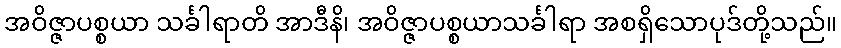
အဝိဇ္ဇာပစ္စယာ သင်္ခါရာတိ အာဒီနိ၊ အဝိဇ္ဇာပစ္စယာသင်္ခါရာ အစရှိသောပုဒ်တို့သည်။